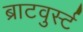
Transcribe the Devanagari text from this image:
ब्राटवुर्स्ट